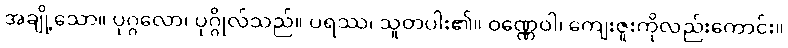
အချို့သော။ ပုဂ္ဂလော၊ ပုဂ္ဂိုလ်သည်။ ပရဿ၊ သူတပါး၏။ ဝဏ္ဏေဝါ၊ ကျေးဇူးကိုလည်းကောင်း။